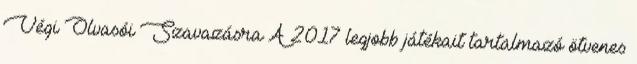
Végi Olvasói Szavazásra A 2017 legjobb játékait tartalmazó ötvenes